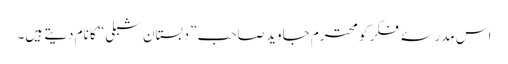
اس مدرسۂ فکر کو محترم جاوید صاحب ”دبستانِ شبلی“ کا نام دیتے ہیں۔